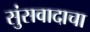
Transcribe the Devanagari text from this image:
सुंसवादाचा